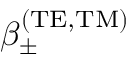
\beta _ { \pm } ^ { \mathrm { ( T E , T M ) } }